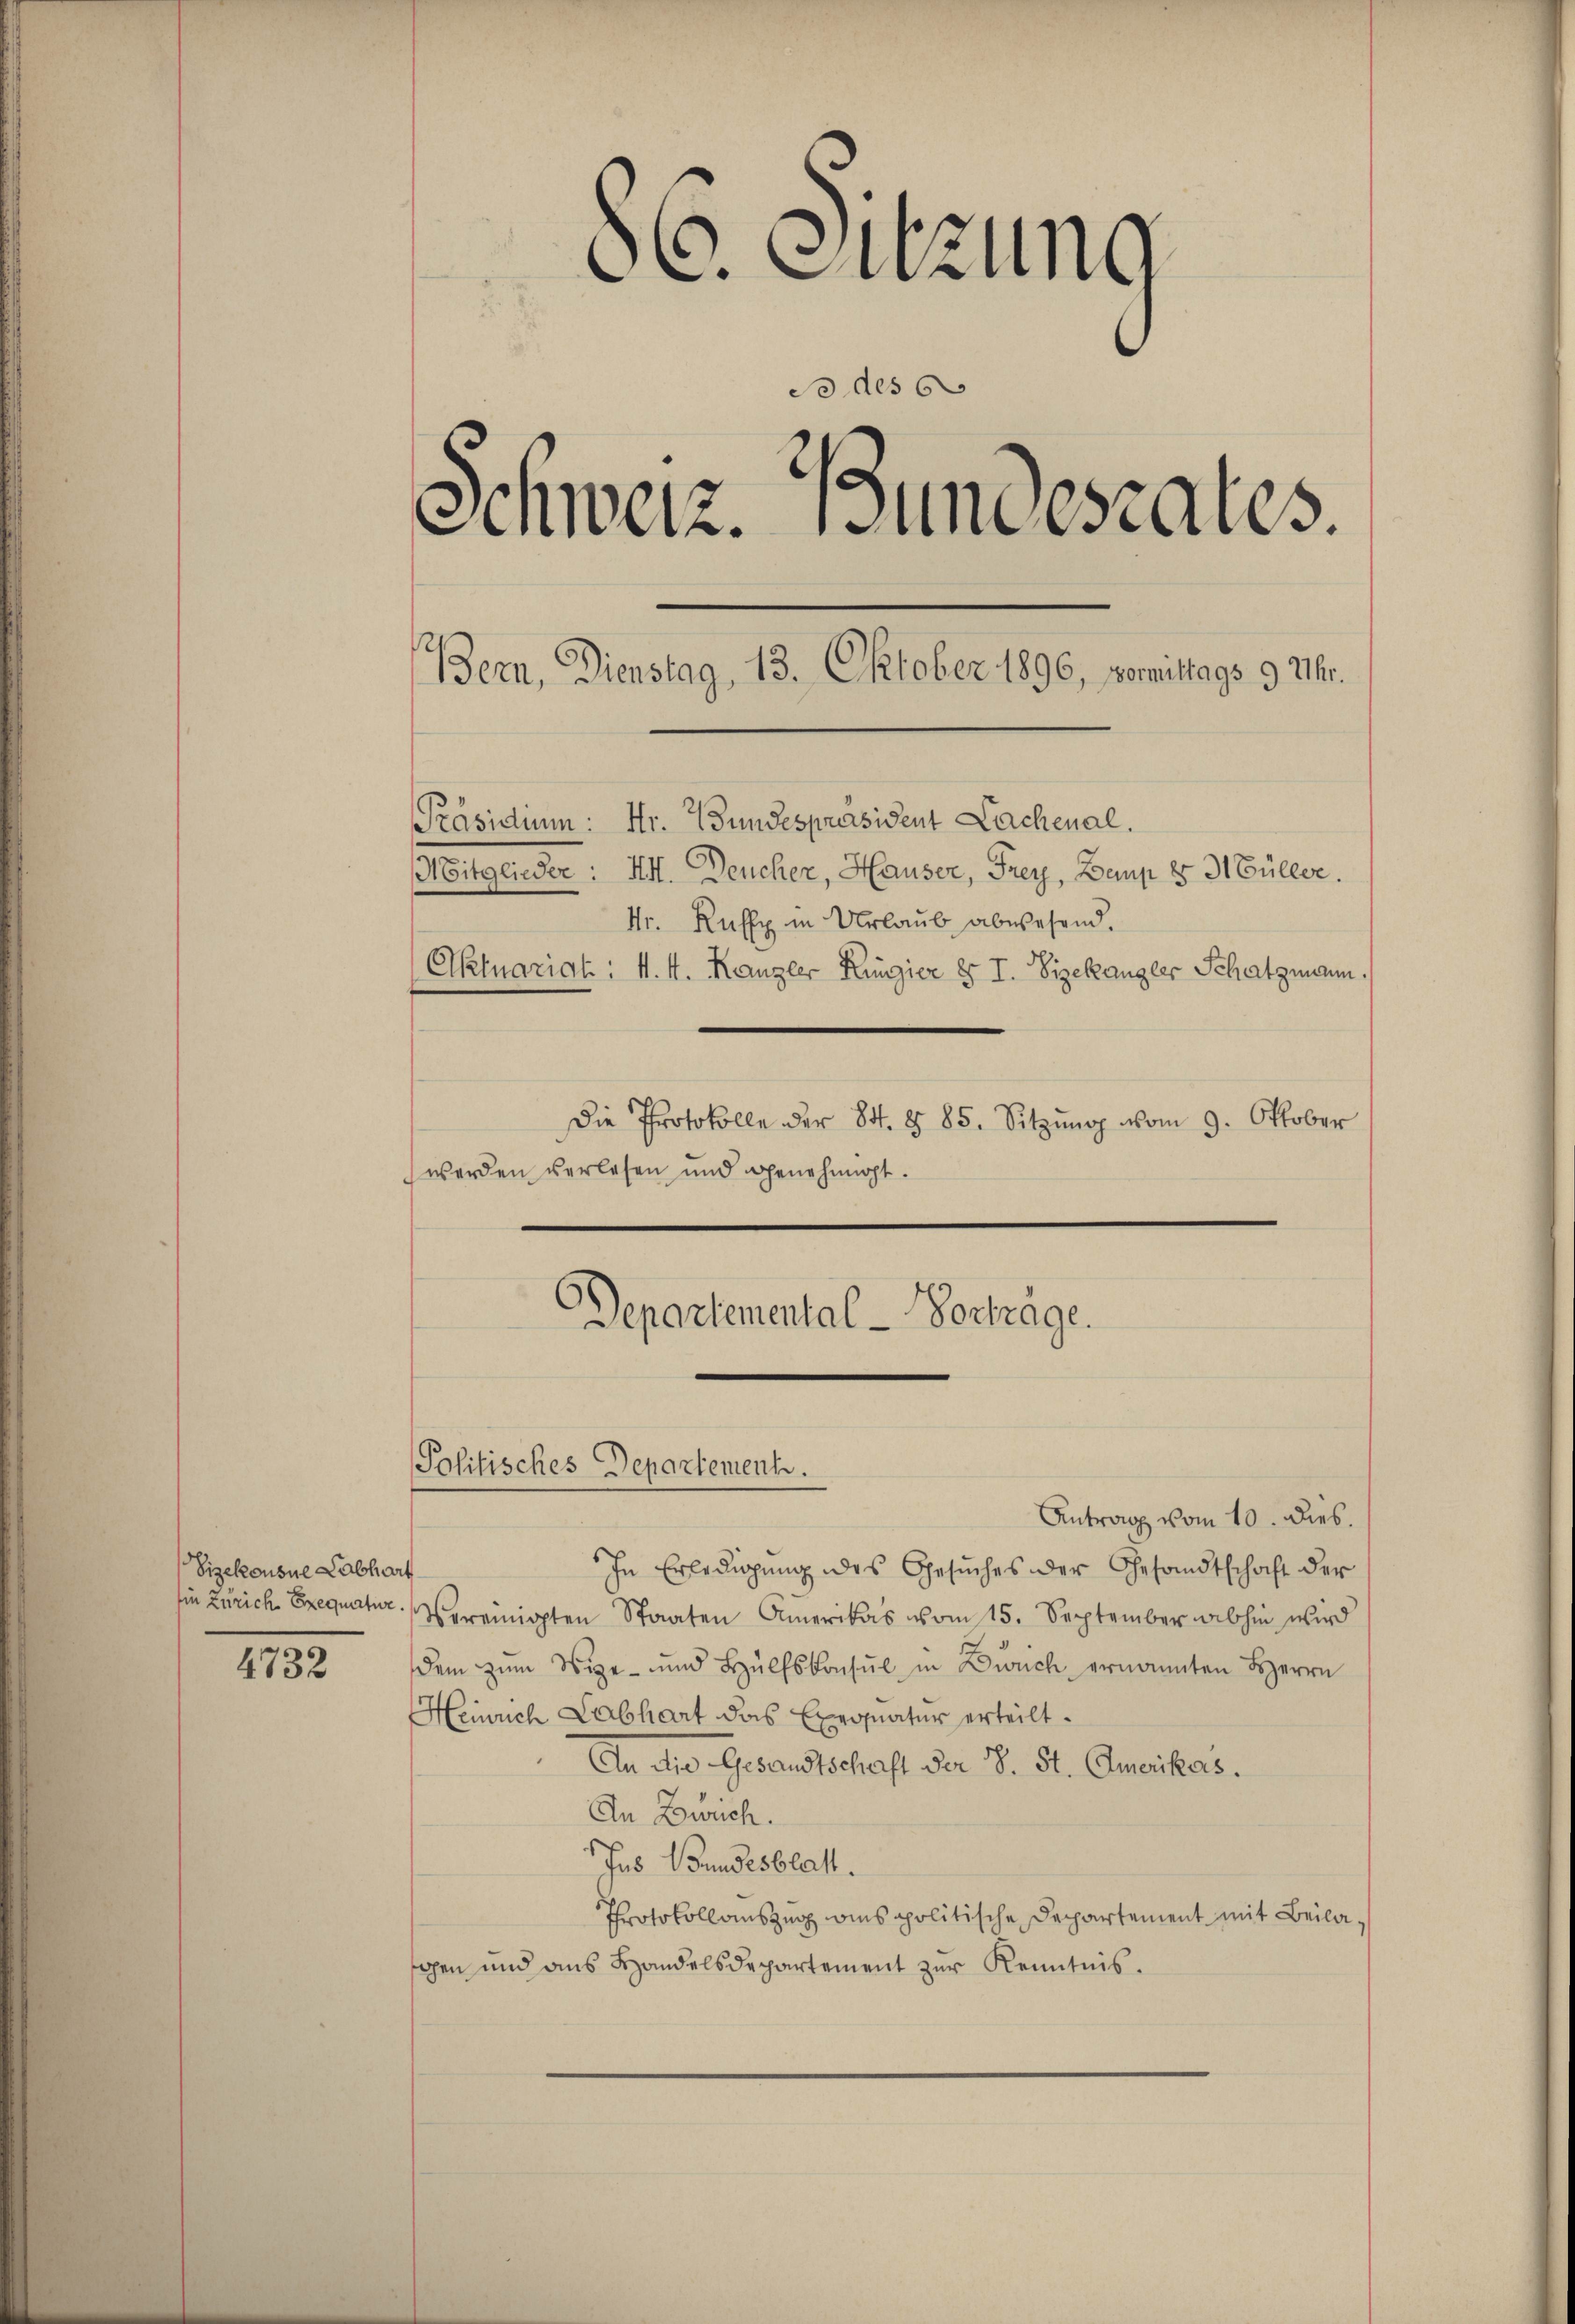
86. Sitzung
do des b
Schweiz. Bundesrates.
(Bern, Dienstag, 13. Oktober 1896, somittags 9 Uhr.
Präsidium: Hr. Wundespräsident Lachenal.
Mitglieder: III. Deucher, Hauser, Frey, Demp § 3. Güller.
Nr. Ruffy in Urlaub abwesend.
(Aktuariat: 4. 4. Kanzler Küngier § I. Vizekangler Schatzmann.
Die Protokolle der 84. § 85. Sitzŭng vom 9. Oktober
werden verlesen und genehmigt.

5

Departemental-Vortrage.

Politisches Departement.

Antrag vom 10. dies.
In Erledigung des Gesuches der Gesandtschaft der
sie Zürich Exequatur reinigten Staaten Amerikas vom 15. September abhin wird
dem zŭm Wege und Hülfskonsul in Zürich ernannten HHerrn
Heinrich Labhart das Exequatur erteilt.
An die Gesandtschaft der 18. St. Amerikers.
In Zürich.
Jus Bundesblatt.
Protokollauszug ains politische Departement mit Beilaschen und aus Handelsdepartement zur Kenntnis.

Sizekonsue Labhart

4732